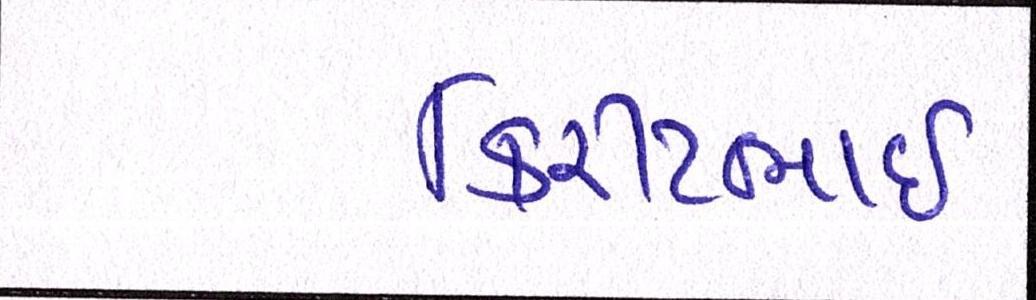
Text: કિરીટભાઈ